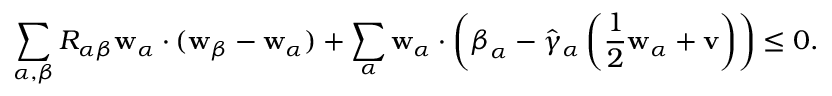
\begin{array} { r } { \displaystyle \sum _ { \alpha , { \beta } } R _ { \alpha { \beta } } \mathbf { w } _ { \alpha } \cdot ( \mathbf { w } _ { \beta } - \mathbf { w } _ { \alpha } ) + \displaystyle \sum _ { \alpha } \mathbf { w } _ { \alpha } \cdot \left( \boldsymbol { \beta } _ { \alpha } - \hat { \gamma } _ { \alpha } \left( \frac { 1 } { 2 } \mathbf { w } _ { \alpha } + \mathbf { v } \right) \right) \leq 0 . } \end{array}